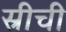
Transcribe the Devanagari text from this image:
स्रीची